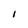
Character: i